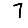
Digit: 7